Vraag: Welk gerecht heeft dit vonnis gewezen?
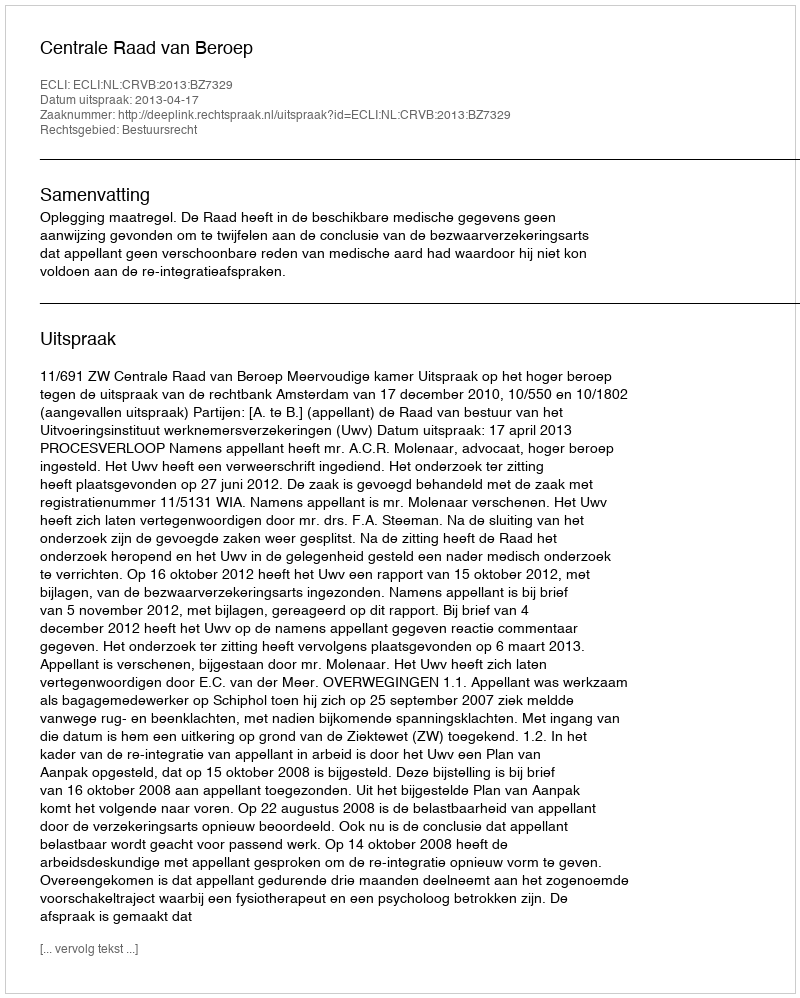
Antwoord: Centrale Raad van Beroep